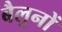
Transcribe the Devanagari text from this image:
बैलुनों